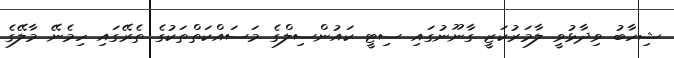
ޝިހާބު ވިދާޅުވީ ލާމަރުކަޒީ ގާނޫނުގައި ސިޓީ ކައުންސިލްގެ މަސައްކަތްތަކުގެ ތެރޭގައި ހިމެނޭ މާލޭގެ